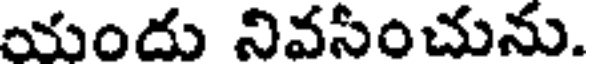
యందు నివసంచును.